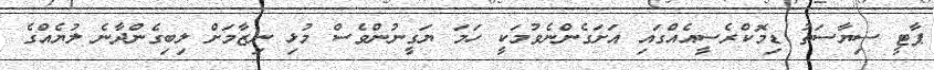
ޕާޓީ ސިޔާސަތު ޑިމޮކްރެސީއެއްގައި އަށަގެންނެވުމަކީ ހަމަ ޔަގީނުންވެސް މުޅި ނިޒާމަށް ލިބިގެންދާނެ ލުޔެއްގެ